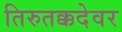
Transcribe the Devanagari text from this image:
तिरुतक्कदेवर